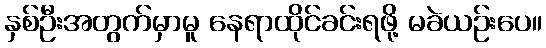
နှစ်ဦးအတွက်မှာမူ နေရာထိုင်ခင်းရဖို့ မခဲယဉ်းပေ။